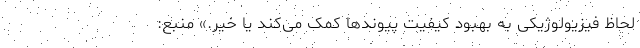
لحاظ فیزیولوژیکی به بهبود کیفیت پیوندها کمک می‌کند یا خیر.» منبع: